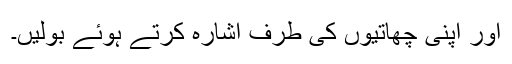
اور اپنی چھاتیوں کی طرف اشارہ کرتے ہوئے بولیں۔